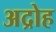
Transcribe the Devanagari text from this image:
अद्रोह